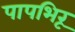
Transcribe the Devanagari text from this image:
पापभिरू